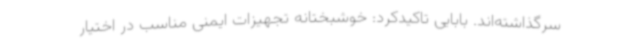
سرگذاشته‌اند. بابایی تاکیدکرد: خوشبختانه تجهیزات ایمنی مناسب در اختیار